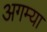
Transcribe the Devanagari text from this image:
अगम्या